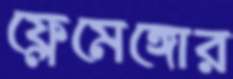
ফ্লেমেঙ্গোর